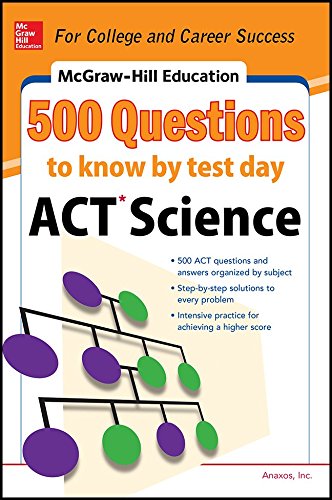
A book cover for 500 ACT Science Questions to Know by Test Day (Mcgraw Hill's 500 Questions to Know By Test Day); Inc. Anaxos; Test Preparation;